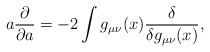
\begin{align*}a {\partial\over \partial a}=-2\int g_{\mu\nu}(x){\delta\over \delta g_{\mu\nu}(x)},\end{align*}